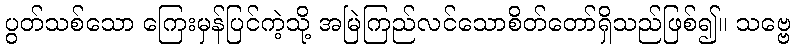
ပွတ်သစ်သော ကြေးမှန်ပြင်ကဲ့သို့ အမြဲကြည်လင်သောစိတ်တော်ရှိသည်ဖြစ်၍။ သဗ္ဗေ